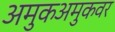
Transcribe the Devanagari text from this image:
अमुकअमुकवर